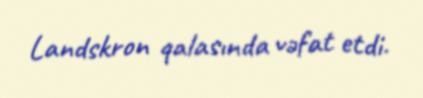
Landskron qalasında vəfat etdi.